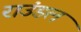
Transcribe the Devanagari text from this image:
राउंडल